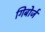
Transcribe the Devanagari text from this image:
गिबोर्ज